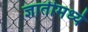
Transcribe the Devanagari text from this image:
ज्ञातीमध्ये